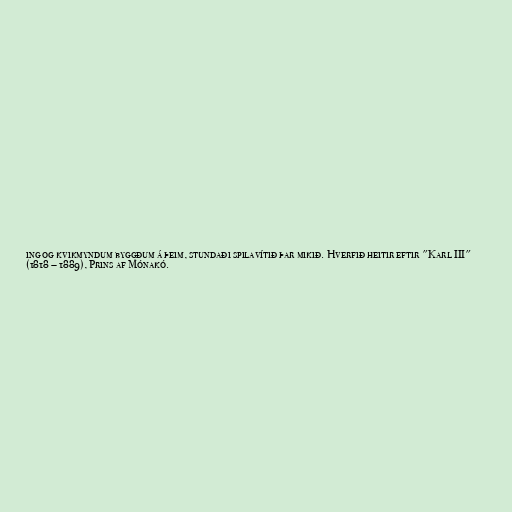
ing og kvikmyndum byggðum á þeim, stundaði spilavítið þar mikið. Hverfið heitir eftir "Karl III"
(1818 – 1889), Prins af Mónakó.